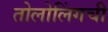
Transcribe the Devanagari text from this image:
तोलोलिंगची